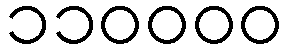
၁၁၀၀၀၀